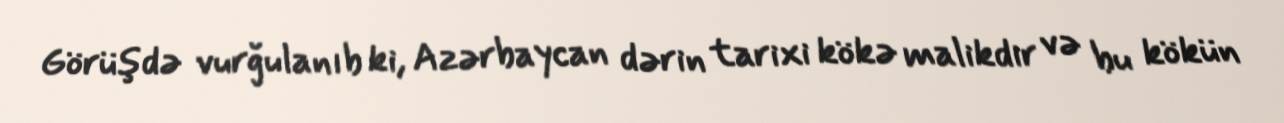
Görüşdə vurğulanıb ki, Azərbaycan dərin tarixi kökə malikdir və bu kökün